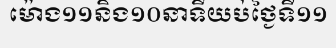
ម៉ោង១១និង១០នាទីយប់ថ្ងៃទី១១